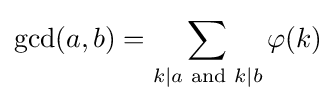
\gcd(a,b)=\sum _{k|a{\text{ and }}k|b}\varphi (k)